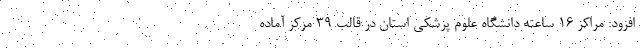
افزود: مراکز ۱۶ ساعته دانشگاه علوم پزشکی استان در قالب ۳۹ مرکز آماده